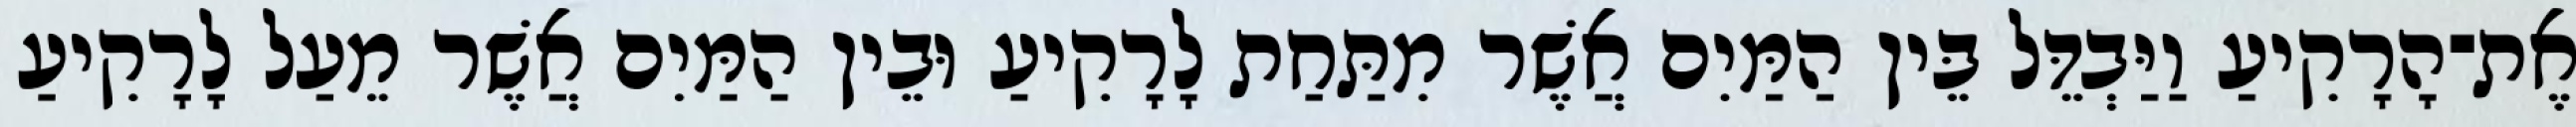
אֶת־הָרָקִיעַ וַיַּבְדֵּל בֵּין הַמַּיִם אֲשֶׁר מִתַּחַת לָרָקִיעַ וּבֵין הַמַּיִם אֲשֶׁר מֵעַל לָרָקִיעַ